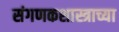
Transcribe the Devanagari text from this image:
संगणकशास्त्राच्या